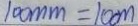
1 0 0 m m = 1 0 c m